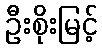
ဦးစိုးမြင့်